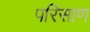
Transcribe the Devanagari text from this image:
परिसाण